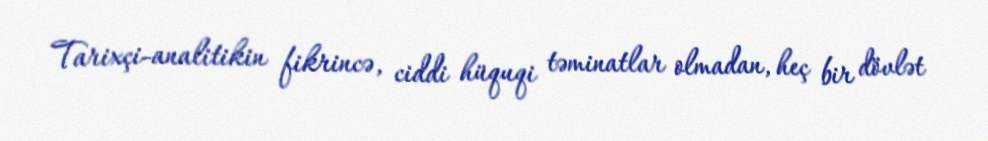
Tarixçi-analitikin fikrincə, ciddi hüquqi təminatlar olmadan, heç bir dövlət